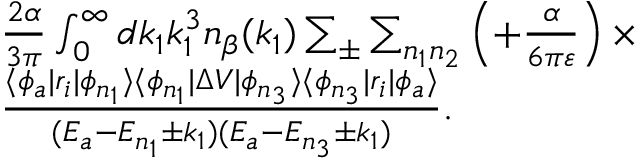
\begin{array} { r l } & { \frac { 2 \alpha } { 3 \pi } \int _ { 0 } ^ { \infty } d k _ { 1 } k _ { 1 } ^ { 3 } n _ { \beta } ( k _ { 1 } ) \sum _ { \pm } \sum _ { n _ { 1 } n _ { 2 } } \left( + \frac { \alpha } { 6 \pi \varepsilon } \right) \times } \\ & { \frac { \langle \phi _ { a } | r _ { i } | \phi _ { n _ { 1 } } \rangle \langle \phi _ { n _ { 1 } } | \Delta V | \phi _ { n _ { 3 } } \rangle \langle \phi _ { n _ { 3 } } | r _ { i } | \phi _ { a } \rangle } { ( E _ { a } - E _ { n _ { 1 } } \pm k _ { 1 } ) ( E _ { a } - E _ { n _ { 3 } } \pm k _ { 1 } ) } . } \end{array}